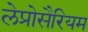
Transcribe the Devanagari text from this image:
लेप्रोसैरियम